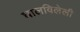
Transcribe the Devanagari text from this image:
घालविलेली